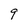
Character: 9